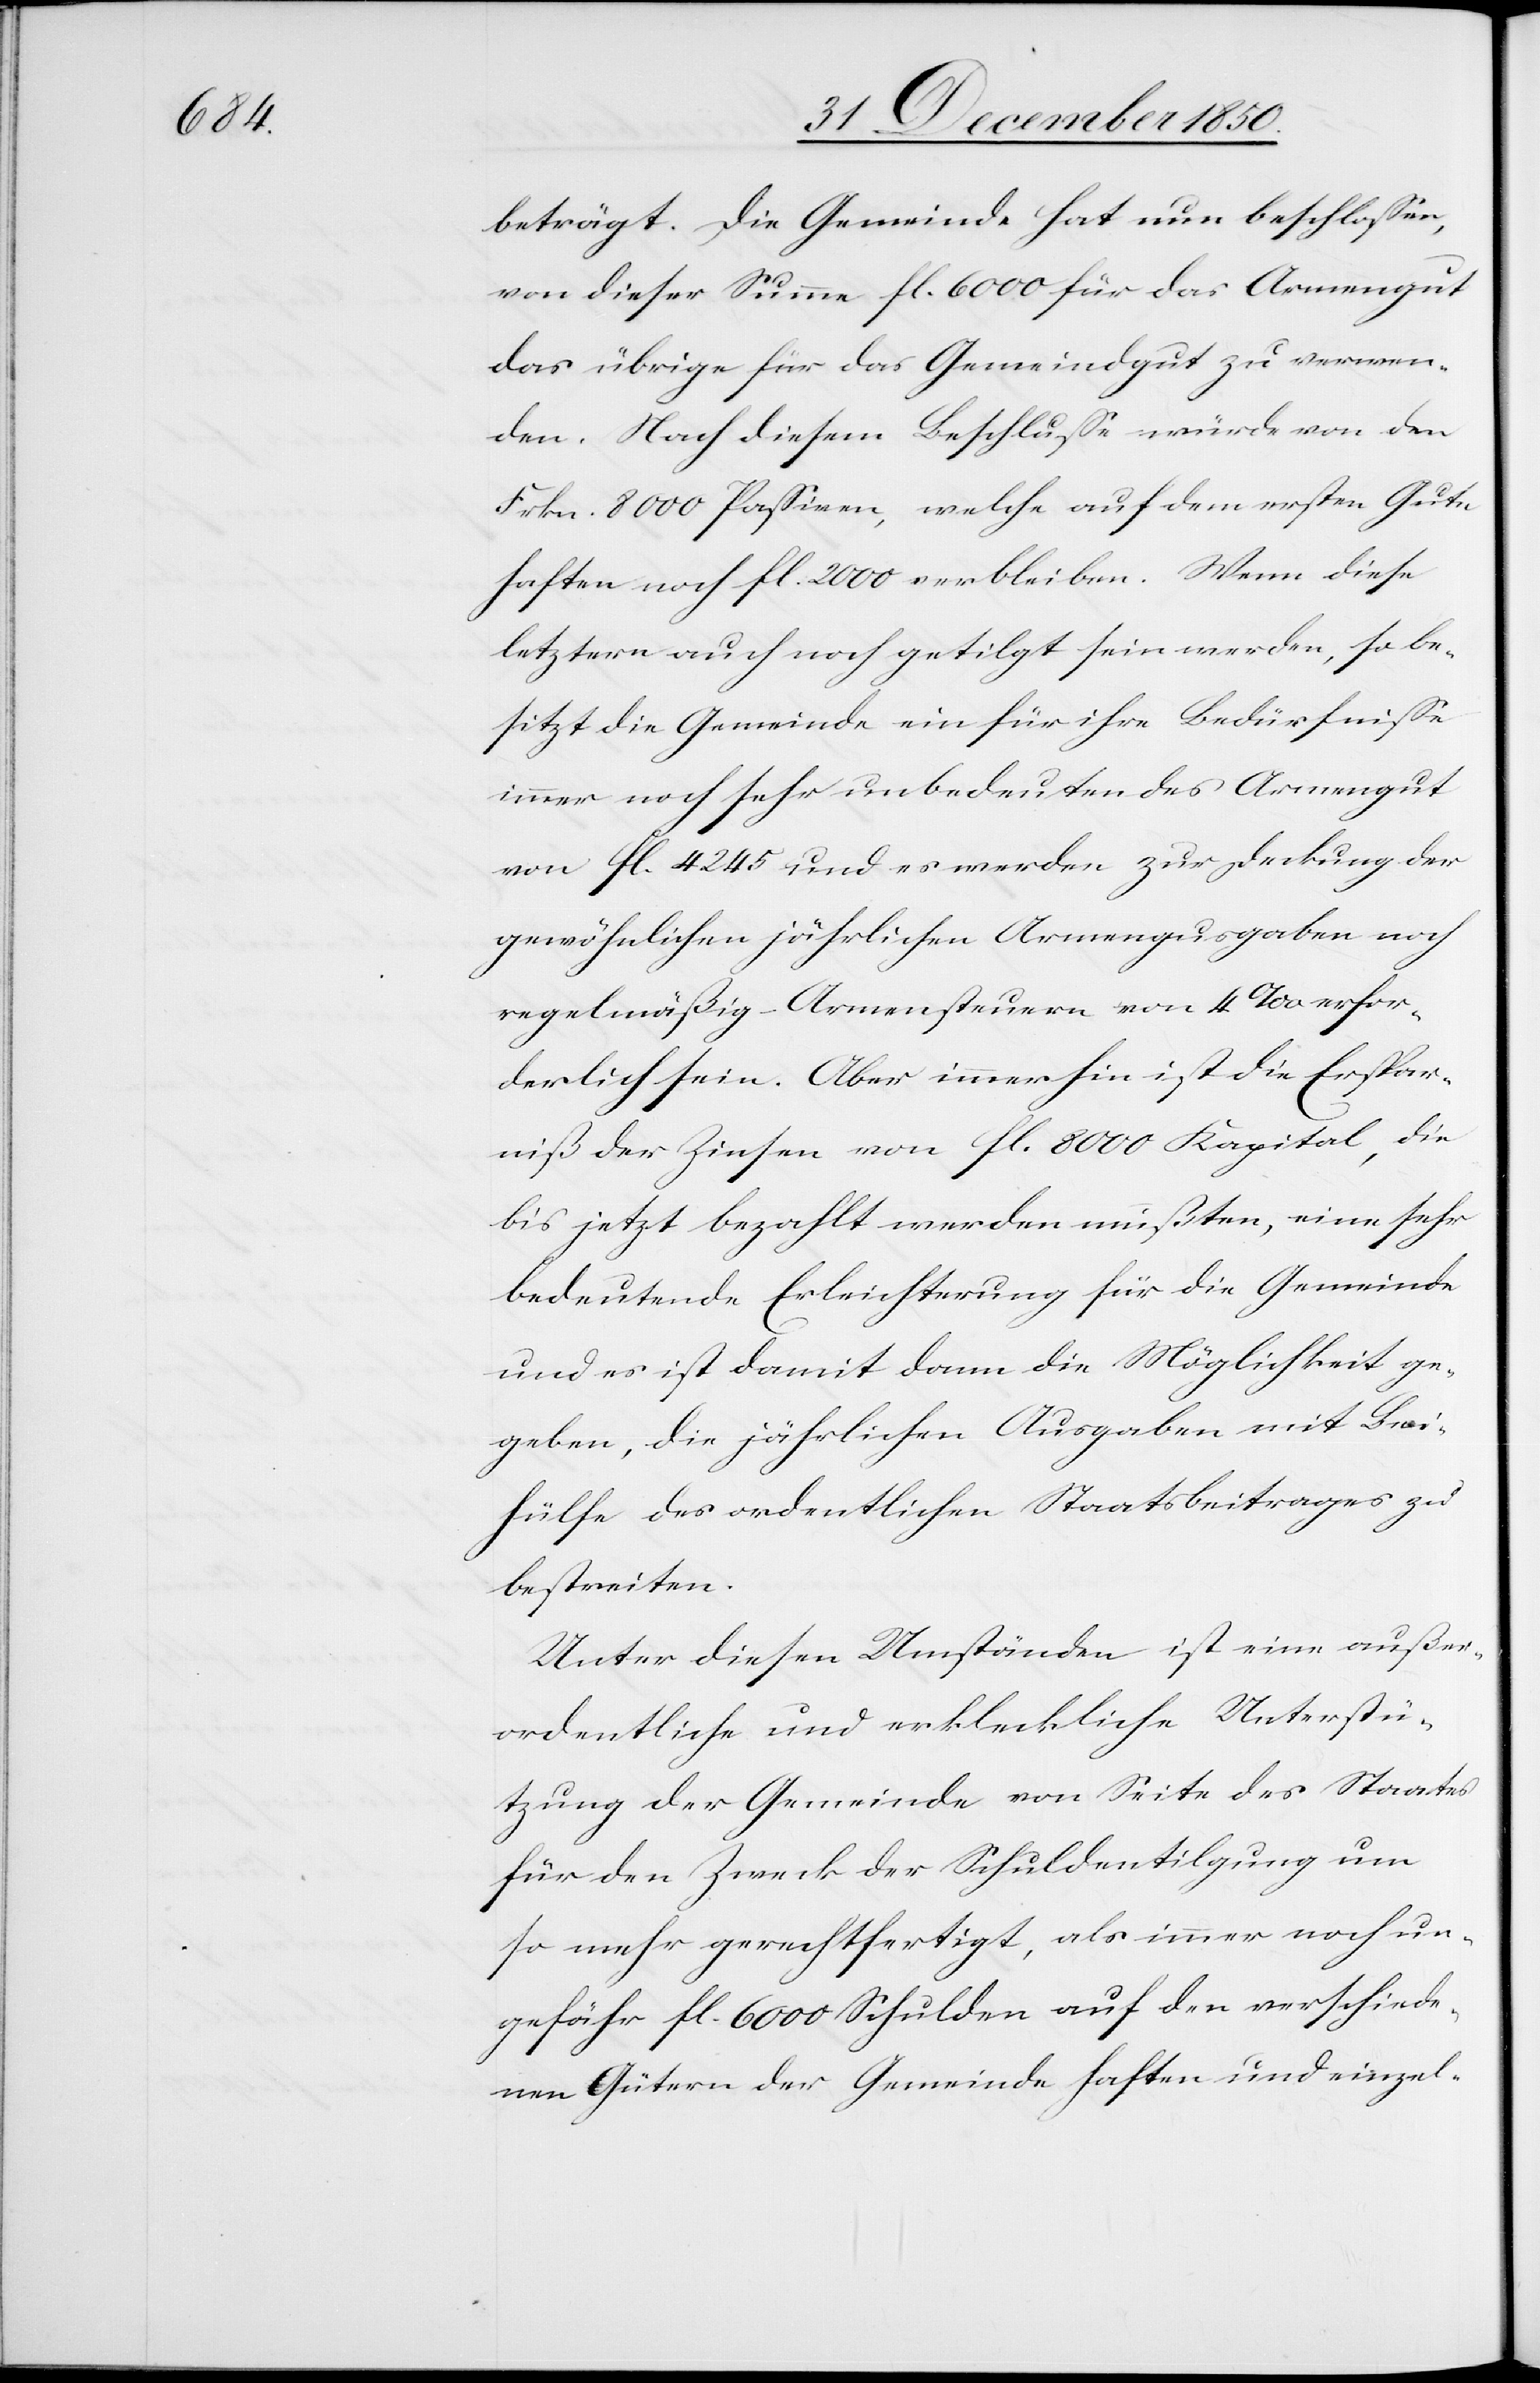
beträgt. Die Gemeinde hat nun beschlossen,
von dieser Summe fl. 6000 für das Armengut
das übrige für das Gemeindgut zu verwen¬
den. Nach diesem Beschlusse würde von den
Frkn. 8000 Passiven, welche auf dem ersten Gute
haften noch fl. 2000 verbleiben. Wenn diese
letztern auch noch getilgt sein werden, so be¬
sitzt die Gemeinde ein für ihre Bedürfnisse
immer noch sehr unbedeutendes Armengut
von fl 4245 und es werden zur Deckung der
gewöhnlichen jährlichen Armengu[t]sgaben noch
regelmäßig Armensteuern von 4 ‰ erfor¬
derlich sein. Aber immerhin ist die Erspar¬
niß der Zinsen von fl. 8000 Kapital, die
bis jetzt bezahlt werden müßten, eine sehr
bedeutende Erleichterung für die Gemeinde
und es ist damit dann die Möglichkeit ge¬
geben, die jährlichen Ausgaben mit Bei¬
hülfe des ordentlichen Staatsbeitrages zu
bestreiten.
Unter diesen Umständen ist eine außer¬
ordentliche und erkleckliche Unterstü¬
tzung der Gemeinde von Seite des Staates
für den Zweck der Schuldentilgung um
so mehr gerchtfertigt, als immer noch un¬
gefähr fl. 6000 Schulden auf den verschiede¬
nen Gütern der Gemeinde haften und einzel-